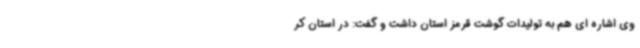
وی اشاره ای هم به تولیدات گوشت قرمز استان داشت و گفت: در استان کر